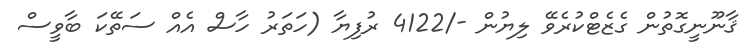
ޤާނޫނީގޮތުން ގެޒެޓްކުރެވޭ ލިޔުން -/4122 ރުފިޔާ (ހަތަރު ހާސް އެއް ސަތޭކަ ބާވީސް